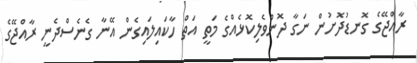
ރާއްޖޭގެ ގޮނޑުދޮށުން ނަގާ ދޮންވެލިކޮޅެއްގެ މަތީ އަތް ހާކައިލައިގެން އޭނާ ގެނެސްދެނީ ރާއްޖޭގެ